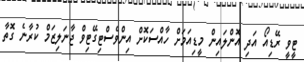
ޓީވީ ރޭޑިއޯ އަދި އޮންލައިން މީޑިއަމަށް ހާއްސަކޮށް އިންވެސްޓިގޭޓިވް ޖާނަލިޒަމް ކުރާނެ ގޮތާ